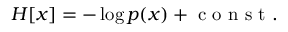
\begin{array} { r } { H [ x ] = - \log p ( x ) + \mathrm { ~ c ~ o ~ n ~ s ~ t ~ } . } \end{array}